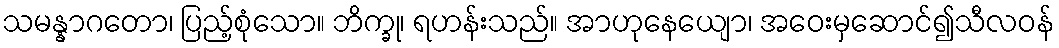
သမန္နာဂတော၊ ပြည့်စုံသော။ ဘိက္ခု၊ ရဟန်းသည်။ အာဟုနေယျော၊ အဝေးမှဆောင်၍သီလဝန်